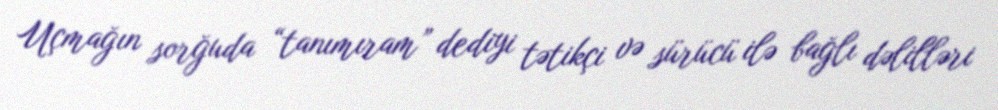
Uçmağın sorğuda “tanımıram” dediyi tətikçi və sürücü ilə bağlı dəlilləri